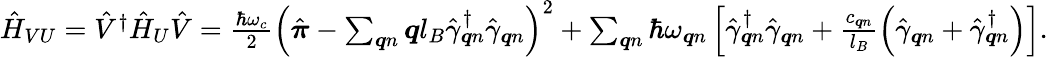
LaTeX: \begin{array}{r}{\hat{H}_{VU}=\hat{V}^{\dagger}\hat{H}_{U}\hat{V}=\frac{\hbar\omega_{c}}{2}\left(\hat{\boldsymbol{\pi}}-\sum_{\boldsymbol{q}n}\boldsymbol{q}l_{B}\hat{\gamma}_{\boldsymbol{q}n}^{\dagger}\hat{\gamma}_{\boldsymbol{q}n}\right)^{2}+\sum_{\boldsymbol{q}n}\hbar\omega_{\boldsymbol{q}n}\left[\hat{\gamma}_{\boldsymbol{q}n}^{\dagger}\hat{\gamma}_{\boldsymbol{q}n}+\frac{c_{\boldsymbol{q}n}}{l_{B}}\left(\hat{\gamma}_{\boldsymbol{q}n}+\hat{\gamma}_{\boldsymbol{q}n}^{\dagger}\right)\right].}\end{array}